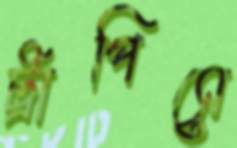
ট্রাপিসে